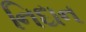
નિદાન